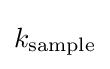
k_{\text{sample}}